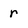
Character: r